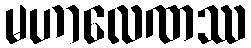
မဟာလေဏဿ